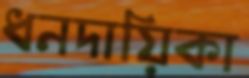
ধনদায়িকা